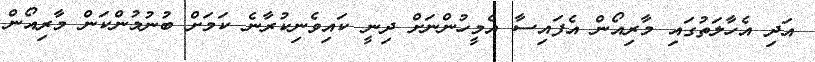
އަދި އެހާލަތުގައި މާރިއޯން އެފައިސާ އެމީހުންނަށް ދިނީ ކައިވެނިކުރާނެ ކަމަށް ބުނުމުންކަން މާރިއޯން